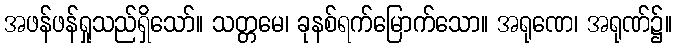
အဖန်ဖန်ရှုသည်ရှိသော်။ သတ္တမေ၊ ခုနစ်ရက်မြောက်သော။ အရုဏေ၊ အရုဏ်၌။